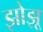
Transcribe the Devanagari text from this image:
झोझू